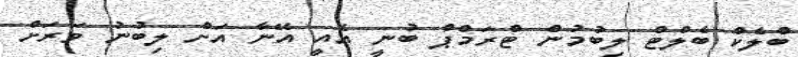
ބްލެކް ބެލްޓް ލިބުމުން ޓްރަމްޕް ބުނީ އެއީ އޭނާ އަށް ލިބުނު ވަރަށް